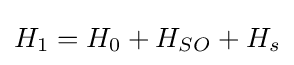
H_{1}=H_{0}+H_{SO}+H_{s}